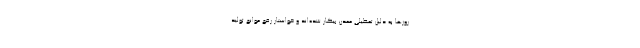
روزها به دلیل تعطیلی معدن بیکار شده‌اند و خواستار رفع موانع تولید